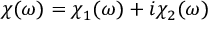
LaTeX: \chi ( \omega ) = \chi _ { 1 } ( \omega ) + i \chi _ { 2 } ( \omega )